Report of the Indian Hemp Drugs Commission, 1894-1895 - Volume III
Year: 1894
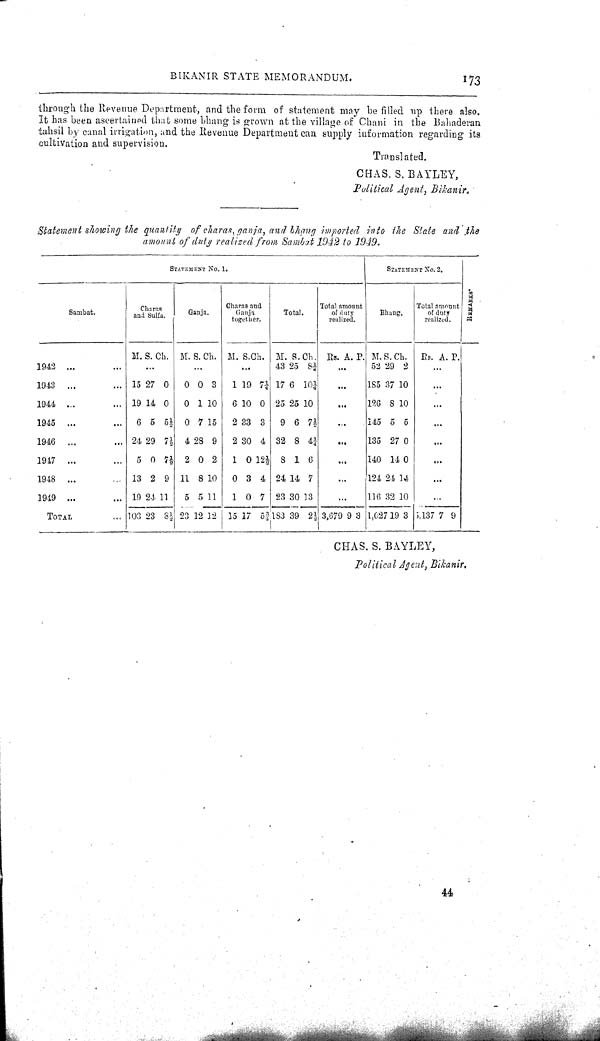
BIKANIR STATE MEMORANDUM.
173
through the Revenue Department, and the form of statement may be filled up there also.
It has been ascertained that some bhang is grown at the village of Chani in the Bahaderan
tahsil by canal irrigatwn, and the Revenue Department can supply information regarding its
cultivation and supervision.
Translated.
CHAS. S. BAYLEY,
Political Agent, Bikanir.
Statement showing the quantity of charas, ganja, and bhang imported into the State and the
amount of duty realized from Sambat 1942 to 1949.
STATEMENT
NO. 1.
STATAEMENT NO. 2.
Sambat.
Charas
and Sulfa.
Ganja.
Charas and
Ganja
together.
Total.
Total amount
of duty
realized.
Bhang.
Total amount
of
duty
realized.
REMARKS.
M. S. Ch. M. S. Ch. M. S. Ch. M. S. Ch. Rs. A. P. M. S. Ch. Rs. A. P.
1942
43 25 81/4
52 29 2
1943
15 27 0
0 0 3
1 19 71/4 17 6 101/4
185 37 10
1944
19 14 0
0 1 10
6 10 0 25 25 10
126 8 10
1945
6 5 51/2 0 7 15
2 33 3
9 6 71/2
145 5 5
1946
24 29 71/2 4 28 9
2 30 4 32 8 41/4
135 27 0
1947
5 0 71/2 2 0 2
1 0 121/2 8 1 6
140 14 0
1948
13 2 9 11 8 10
0 3 4 24 14 7
124 24 14
1949
19 24 11
5 5 11
1 0 7 23 30 13
116 32 10
TOTAL
103 23 81/2 23 12 12 35 17 53/4 183 39 21/2 3,679 9 3 1,027 19 3 5,137 7 9
CHAS. S. BAYLEY,
Political Agent, Bilcanir.
44